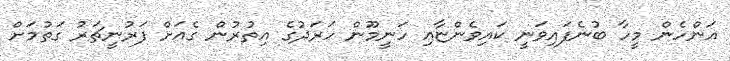
އަންހެން މީހާ ބުނެފައިވަނީ ކައިވެންޏާއި ހަނީމޫން ހަރަދުގެ އިތުރުން ގެއަށް ފަރުނީޗަރު ގަތުމަށް